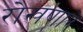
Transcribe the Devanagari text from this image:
रोखणारे